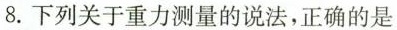
8.下列关于重力测量的说法，正确的是